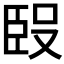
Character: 𰯰